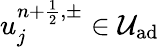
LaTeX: u_{j}^{{n+\frac{1}{2}},\pm}\in\mathcal{U}_{\textrm{ad}}